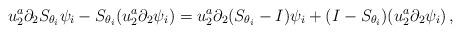
LaTeX: \begin{align*}u_2^a\partial_2 S_{\theta_i}\psi_i-S_{\theta_i}(u^a_2\partial_2\psi_i)=u_2^a\partial_2(S_{\theta_i}-I)\psi_i+(I-S_{\theta_i})(u_2^a\partial_2\psi_i)\,,\end{align*}